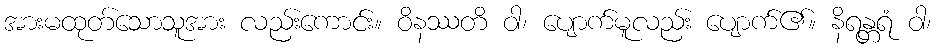
အားမထုတ်သောသူအား လည်းကောင်း။ ဝိနဿတိ ဝါ၊ ပျောက်မူလည်း ပျောက်၏။ နိရန္တရံ ဝါ၊